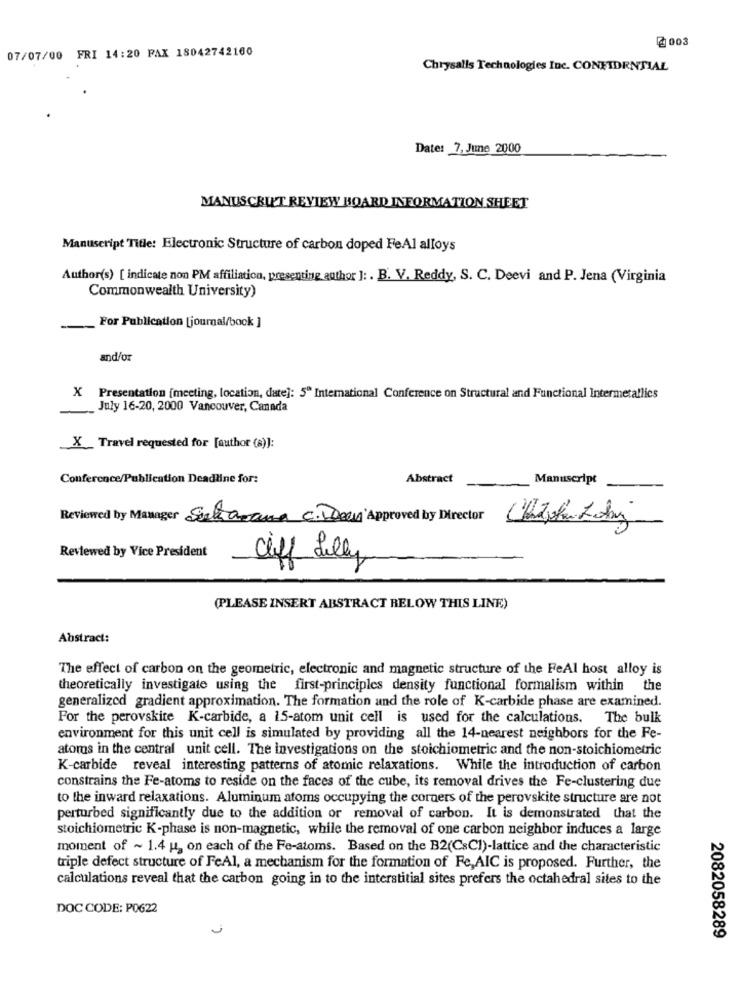
@ 003
07/07/00 FRI 14:20 PAX 18042742160
Chrysalis Technologies Inc. CONFIDENTIAL
Date: 7, June 2000
MANUSCRIT REVIEW BOARD INFORMATION SHEET
Manuscript Title: Electronic Structure of carbon doped FeAl alloys
Author(s) [ indicate non PM affiliation, presenting author ]: . B. V. Reddy, S. C. Deevi and P. Jena (Virginia
Commonwealth University)
For Publication [journal/book ]
and/or
X Presentation [meeting, location, date]: 5" International Conference on Structural and Functional Intermetallics
_July 16-20, 2000 Vancouver, Canada
X_ Travel requested for [author (s)]:
Conference/Publication Deadline for:
Abstract
Manuscript
Reviewed by Manager Saltarana C. Deen'Approved by Director
Reviewed by Vice President
Ciff Lilly
(PLEASE INSERT ABSTRACT BELOW THIS LINE)
Abstract:
The effect of carbon on the geometric, electronic and magnetic structure of the FeAl host alloy is
theoretically investigate using the first-principles density functional formalism within the
generalized gradient approximation. The formation and the role of K-carbide phase are examined.
For the perovskite K-carbide, a 15-atom unit cell is used for the calculations. The bulk
environment for this unit cell is simulated by providing all the 14-nearest neighbors for the Fe-
atoms in the central unit cell. The investigations on the stoichiometric and the non-stoichiometric
K-carbide reveal interesting patterns of atomic relaxations. While the introduction of carbon
constrains the Fe-atoms to reside on the faces of the cube, its removal drives the Fe-clustering due
to the inward relaxations. Aluminum atoms occupying the corners of the perovskite structure are not
perturbed significantly due to the addition or removal of carbon. It is demonstrated that the
stoichiometric K-phase is non-magnetic, while the removal of one carbon neighbor induces a large
moment of ~ 1.4 u, on each of the Fe-atoms. Based on the B2(CsCl)-lattice and the characteristic
triple defect structure of FeAl, a mechanism for the formation of Fe, AIC is proposed. Further, the
calculations reveal that the carbon going in to the interstitial sites prefers the octahedral sites to the
DOC CODE: P0622
2082058289